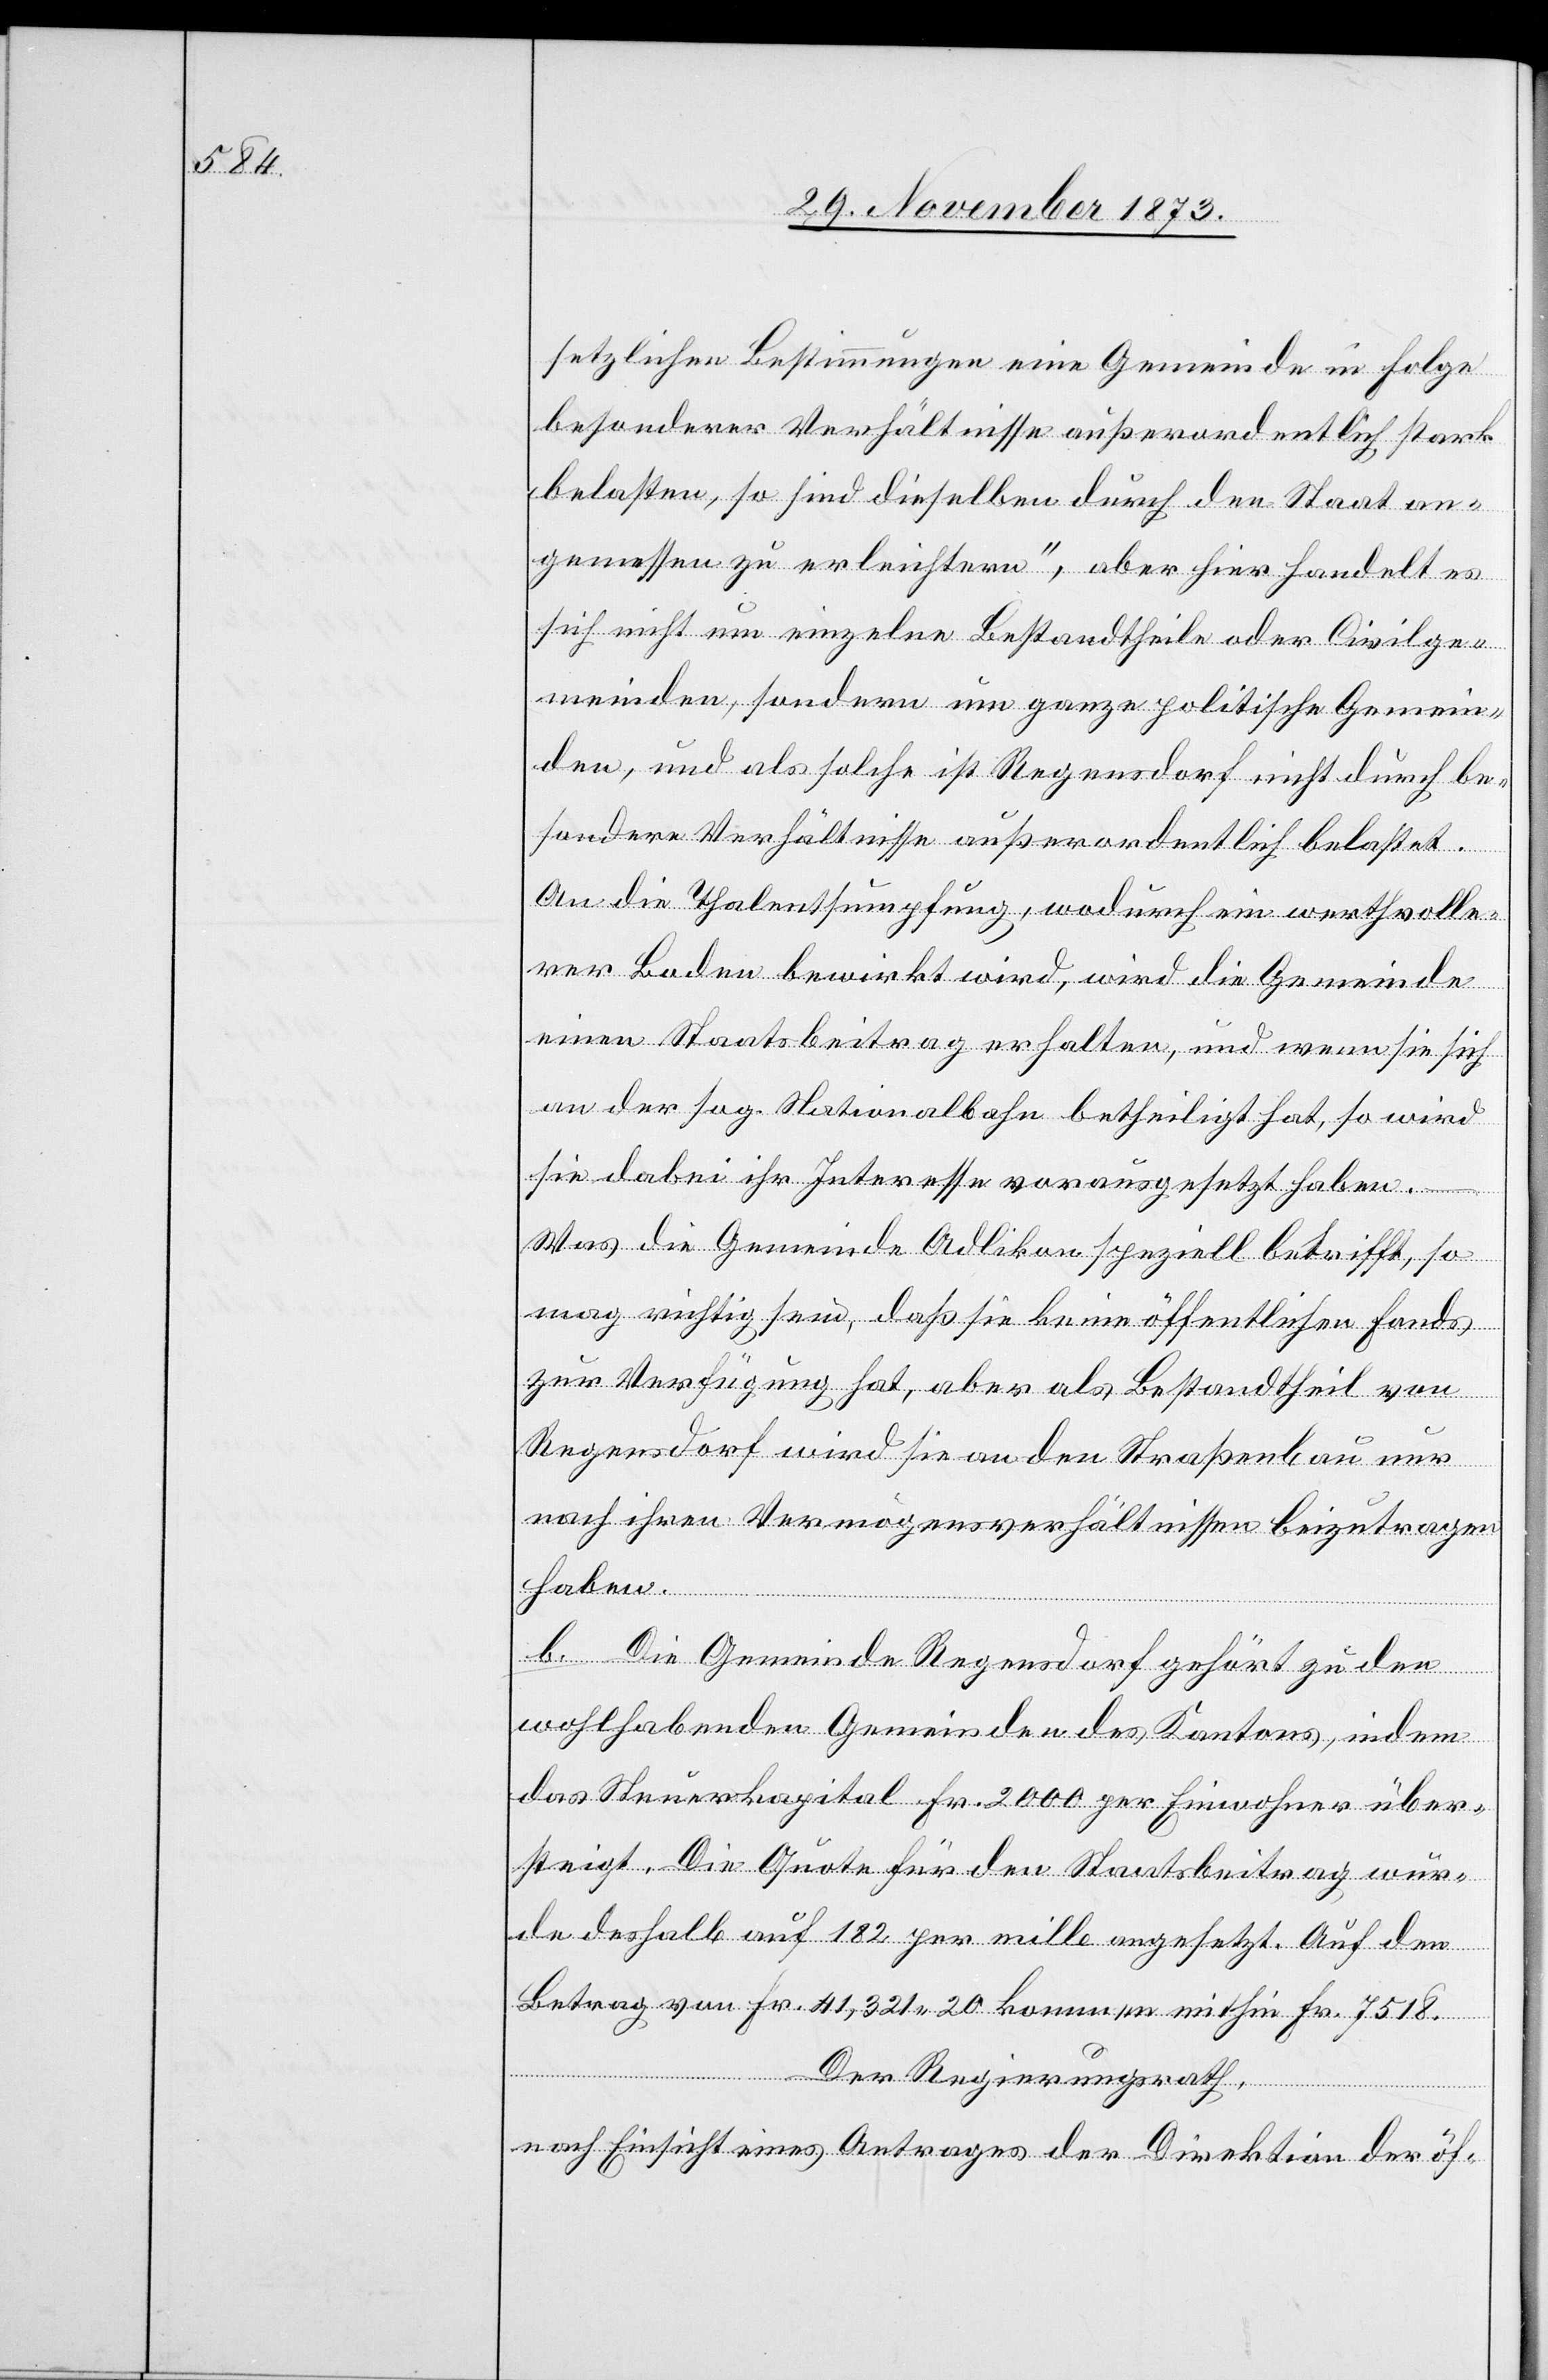
setzlichen Bestimmungen eine Gemeinde in Folge
besonderer Verhältnisse außerordentlich stark
belasten, so sind dieselben durch den Staat an¬
gemessen zu erleichtern“, aber hier handelt es
sich nicht um einzelne Bestandtheile oder Civilge¬
meinden, sondern um ganze politische Gemein¬
den, und als solche ist Regensdorf nicht durch be¬
sondere Verhältnisse außerordentlich belastet.
An die Thalentsumpfung, wodurch ein werthvolle¬
rer Boden bewirkt wird, wird die Gemeinde
einen Staatsbeitrag erhalten, und wenn sie sich
an der sog. Nationalbahn betheiligt hat, so wird
sie dabei ihr Interesse vorausgesetzt haben.
Was die Gemeinde Adlikon speziell betrifft, so
mag richtig sein, daß sie keine öffentlichen Fonds
zur Verfügung hat, aber als Bestandtheil von
Regensdorf wird sie an den Straßenbau nur
nach ihren Vermögensverhältnissen beizutragen
haben.
b. Die Gemeinde Regensdorf gehört zu den
wohlhabenden Gemeinden des Kantons, indem
das Steuerkapital Fr. 2 000 per Einwohner über¬
steigt. Die Quote für den Staatsbeitrag wur¬
de deshalb auf 182 per mille angesetzt. Auf den
Betrag von Fr. 41,321 20 kommen mithin Fr. 7 518.
Der Regierungsrath,
nach Einsicht eines Antrages der Direktion der öf-